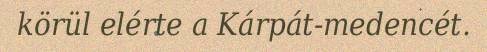
körül elérte a Kárpát-medencét.